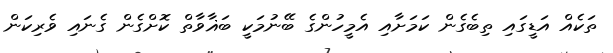
ތަކެއް އަޑީގައި ތިބެގެން ކަމަށާއި އެމީހުންގެ ބޭނުމަކީ ބަޣާވާތް ކޮށްގެން ގެނައި ވެރިކަން